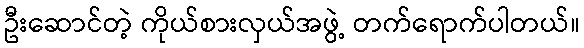
ဦးဆောင်တဲ့ ကိုယ်စားလှယ်အဖွဲ့ တက်ရောက်ပါတယ်။